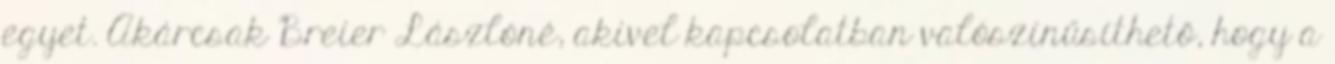
egyet. Akárcsak Breier Lászlóné, akivel kapcsolatban valószínűsíthető, hogy a